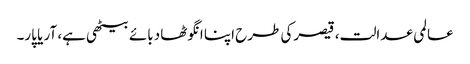
عالمی عدالت، قیصرکی طرح اپنا انگوٹھا دبائے بیٹھی ہے، آر یا پار۔